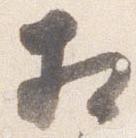
相